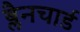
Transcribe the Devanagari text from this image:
ब्लैनचार्ड